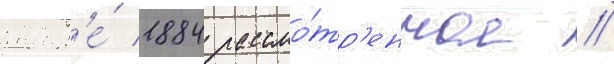
январ'е́ 1884 рассмо́тр'енное /